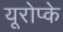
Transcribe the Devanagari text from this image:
यूरोप्के